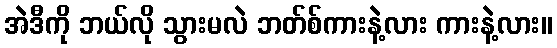
အဲဒီကို ဘယ်လို သွားမလဲ ဘတ်စ်ကားနဲ့လား ကားနဲ့လား။